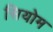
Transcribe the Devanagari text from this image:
सियोम